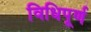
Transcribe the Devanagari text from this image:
विधिपूर्ण